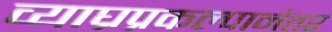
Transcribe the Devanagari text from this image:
व्याघ्रप्रकल्पानंतर